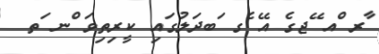
ާރ ްއ ޭޖގެ އޭ ެގ ަބދަލުގައި ކީރިތިވަ ްނ ަތ